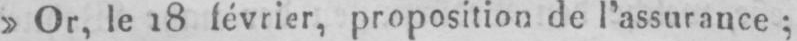
»Or, le 18 février, proposition de l’assurance;